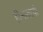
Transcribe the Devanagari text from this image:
हीनत्वाची